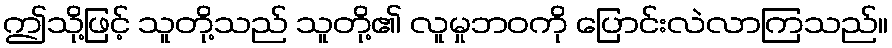
ဤသို့ဖြင့် သူတို့သည် သူတို့၏ လူမှုဘဝကို ပြောင်းလဲလာကြသည်။